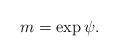
LaTeX: \begin{align*} m=\exp \psi.\end{align*}